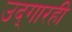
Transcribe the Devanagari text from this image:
उद्‌गारही